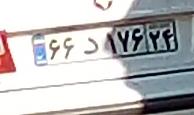
۶۶د۱۷۶۲۴